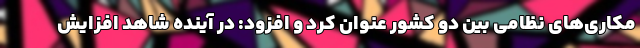
مکاری‌های نظامی بین دو کشور عنوان کرد و افزود: در آینده شاهد افزایش